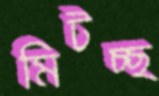
মিটচ্ছ